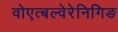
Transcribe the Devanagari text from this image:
वोएत्बल्वेरेनिगिङ